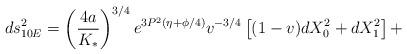
LaTeX: \begin{align*}ds_{10E}^2 = \left( \frac{4a}{K_*} \right)^{3/4} e^{3P^2(\eta + \phi/4)}v^{-3/4} \left[ (1-v)dX_0^2 + dX_1^2 \right] +\end{align*}